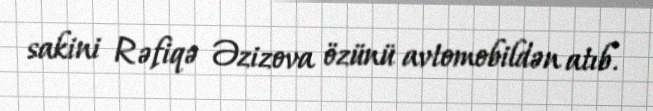
sakini Rəfiqə Əzizova özünü avtomobildən atıb.